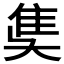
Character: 𨾎